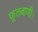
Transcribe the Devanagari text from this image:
फूलबाणी।